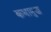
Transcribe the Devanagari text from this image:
कथामुख